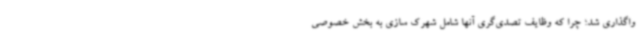
واگذاری شد؛ چرا که وظایف تصدی‌گری آنها شامل شهرک سازی به بخش خصوصی